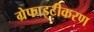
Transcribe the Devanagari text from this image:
ग्रेफाइटीकरण